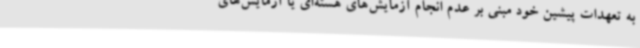
به تعهدات پیشین خود مبنی بر عدم انجام آزمایش‌های هسته‌ای یا آزمایش‌های